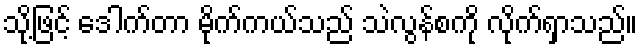
သို့ဖြင့် ဒေါက်တာ မိုက်ကယ်သည် သဲလွန်စကို လိုက်ရှာသည်။